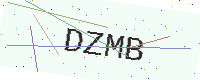
Text: DZMB